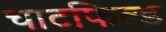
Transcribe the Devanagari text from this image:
चाटफिल्ड